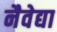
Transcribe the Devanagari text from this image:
नैवेद्या